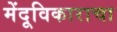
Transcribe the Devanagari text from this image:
मेंदूविकाराचा